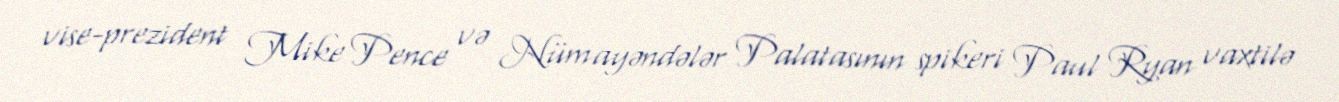
vise-prezident Mike Pence və Nümayəndələr Palatasının spikeri Paul Ryan vaxtilə